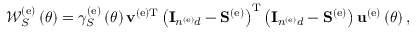
\begin{array} { r } { { \mathscr W } _ { S } ^ { \left( \mathrm { e } \right) } \left( \theta \right) = \gamma _ { S } ^ { \left( \mathrm { e } \right) } \left( \theta \right) { \bf v } ^ { \left( \mathrm { e } \right) \mathrm { T } } \left( { \bf I } _ { n ^ { \left( \mathrm { e } \right) } d } - { \bf S } ^ { \left( \mathrm { e } \right) } \right) ^ { \mathrm { T } } \left( { \bf I } _ { n ^ { \left( \mathrm { e } \right) } d } - { \bf S } ^ { \left( \mathrm { e } \right) } \right) { \bf u } ^ { \left( \mathrm { e } \right) } \left( \theta \right) , } \end{array}